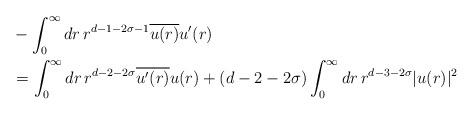
LaTeX: \begin{align*} & -\int_0^\infty dr\, r^{d-1-2\sigma-1}\overline{u(r)}u'(r) \\ & = \int_0^\infty dr\, r^{d-2-2\sigma}\overline{u'(r)}u(r) + (d-2-2\sigma)\int_0^\infty dr\, r^{d-3-2\sigma}|u(r)|^2 \end{align*}